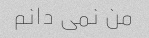
من نمی دانم